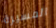
المسيرة